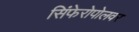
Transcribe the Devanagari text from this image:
सिंफेरोपोलवर